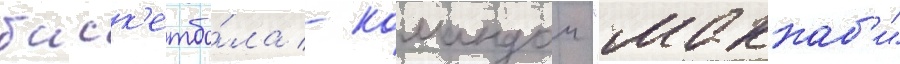
баск'етбо́ла - командои "маккаб'и"